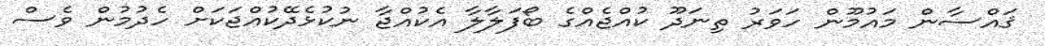
ޤައްސާން މައުމޫން ހަވަރު ތިނަދޫ ކުއްޖެއްގެ ބޯފަލާލާ އެކުއްޖާ ނުކުޅެދޭކުއްޖަކަށް ހެދުމުން ވެސް